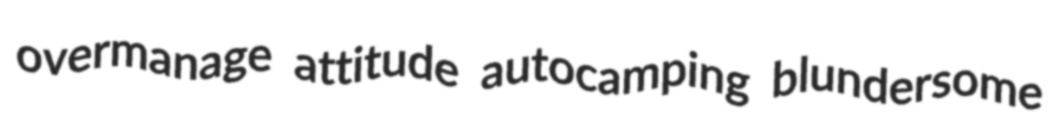
overmanage attitude autocamping blundersome